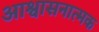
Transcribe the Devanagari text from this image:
आश्वासनात्मक